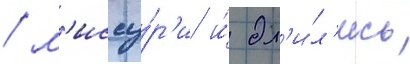
/ м'иссу́р'и и́ дл'и́л'ись